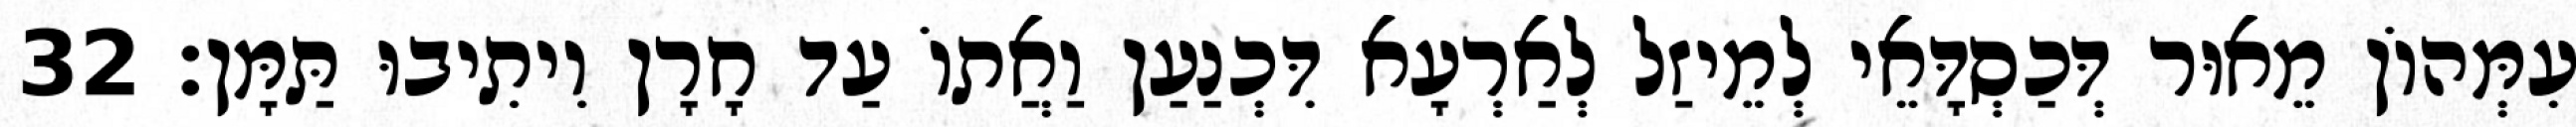
עִמְּהוֹן מֵאוּר דְּכַסְדָּאֵי לְמֵיזַל לְאַרְעָא דִּכְנַעַן וַאֲתוֹ עַד חָרָן וִיתִיבוּ תַּמָּן׃ 32